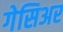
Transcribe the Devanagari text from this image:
गेसिअर